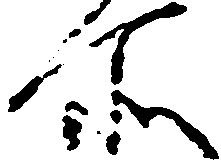
所